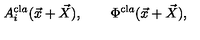
A _ { i } ^ { \mathrm { c l } a } ( \vec { x } + \vec { X } ) , \qquad \Phi ^ { \mathrm { c l } a } ( \vec { x } + \vec { X } ) ,